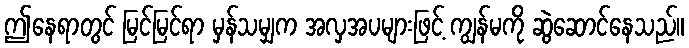
ဤနေရာတွင် မြင်မြင်ရာ မှန်သမျှက အလှအပများဖြင့် ကျွန်မကို ဆွဲဆောင်နေသည်။